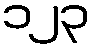
၁၂၃